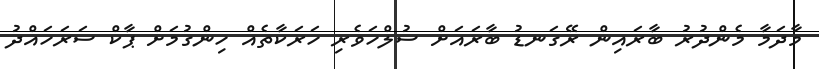
މާދަމާ މެންދުރު ބާރައިން ރޭގަނޑު ބާރައަށް ސުލްހަވެރި ހަރަކާތެއް ހިންގުމަށް ޕާކް ސަރަހައްދު